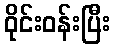
ဝိုင်းဝန်းပြီး